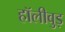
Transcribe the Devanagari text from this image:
हॉलीवुड़